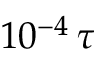
1 0 ^ { - 4 } \, \tau